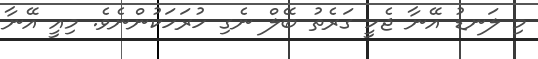
މި ލަނޑު އޭނާ ޖެހީ ގަރެތު ބޭލް ނެގި ހުރަހަކުންނެވެ. މިއީ އޭނާ